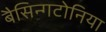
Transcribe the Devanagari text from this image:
बैसिन्गटोनिया